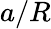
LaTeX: a/R